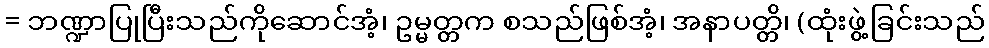
= ဘဏ္ဍာပြုပြီးသည်ကိုဆောင်အံ့၊ ဥမ္မတ္တက စသည်ဖြစ်အံ့၊ အနာပတ္တိ၊ (ထုံးဖွဲ့ခြင်းသည်